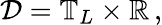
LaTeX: \mathcal{D}=\mathbb{T}_{L}\times\mathbb{R}\, ,